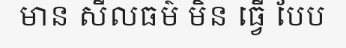
មាន សីលធម៌ មិន ធ្វើ បែប